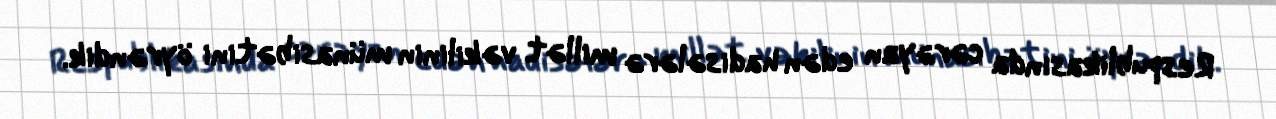
Respublikasında cərəyan edən hadisələrə millət vəkilinin münasibətini öyrəndik.